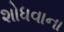
શોધવાના